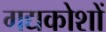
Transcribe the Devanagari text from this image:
गद्यकोशों